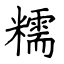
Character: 糯